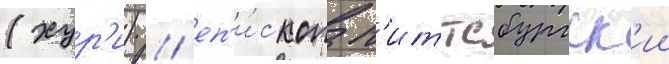
(хур'и) / еп'и́скоп п'иттсбургск'ии